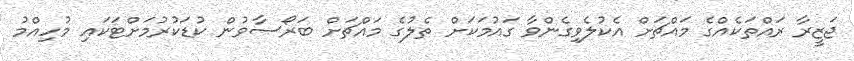
ޖަޒީރާ ރައްތަކެއްގެ މައްޗަށް އެކުލެވިގެންވާ ގައުމަކަށް ތެލުގެ މައްޗަށް ބަރޯސާވުން ކުޑަކުރުމަށްޓަކައި މުހިއްމު